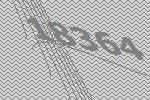
18364